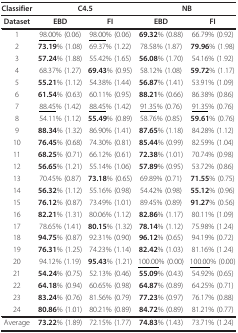
<table><thead><tr><td><b>Classifier</b></td><td colspan="2"><b>C4.5</b></td><td colspan="2"><b>NB</b></td></tr></thead><tbody><tr><td><b>Dataset</b></td><td><b>EBD</b></td><td><b>FI</b></td><td><b>EBD</b></td><td><b>FI</b></td></tr><tr><td>1</td><td><underline>98.00</underline>% (0.06)</td><td><underline>98.00</underline>% (0.06)</td><td><b>69.32</b>% (0.88)</td><td>66.79% (0.92)</td></tr><tr><td>2</td><td><b>73.19</b>% (1.08)</td><td>69.37% (1.22)</td><td>78.58% (1.87)</td><td><b>79.96</b>% (1.98)</td></tr><tr><td>3</td><td><b>57.24</b>% (1.88)</td><td>55.42% (1.65)</td><td><b>56.08</b>% (1.70)</td><td>54.16% (1.92)</td></tr><tr><td>4</td><td>68.37% (1.27)</td><td><b>69.43</b>% (0.95)</td><td>58.12% (1.08)</td><td><b>59.72</b>% (1.17)</td></tr><tr><td>5</td><td><b>55.21</b>% (1.12)</td><td>54.38% (1.44)</td><td><b>56.87</b>% (1.41)</td><td>53.91% (1.09)</td></tr><tr><td>6</td><td><b>61.54</b>% (0.63)</td><td>60.11% (0.95)</td><td><b>88.21</b>% (0.66)</td><td>86.38% (0.86)</td></tr><tr><td>7</td><td><underline>88.45</underline>% (1.42)</td><td><underline>88.45</underline>% (1.42)</td><td><underline>91.35</underline>% (0.76)</td><td><underline>91.35</underline>% (0.76)</td></tr><tr><td>8</td><td>54.11% (1.12)</td><td><b>55.49</b>% (0.89)</td><td>58.76% (0.85)</td><td><b>59.61</b>% (0.76)</td></tr><tr><td>9</td><td><b>88.34</b>% (1.32)</td><td>86.90% (1.41)</td><td><b>87.65</b>% (1.18)</td><td>84.28% (1.12)</td></tr><tr><td>10</td><td><b>76.45</b>% (0.68)</td><td>74.30% (0.81)</td><td><b>85.44</b>% (0.99)</td><td>82.59% (1.04)</td></tr><tr><td>11</td><td><b>68.25</b>% (0.71)</td><td>66.12% (0.61)</td><td><b>72.38</b>% (1.01)</td><td>70.74% (0.98)</td></tr><tr><td>12</td><td><b>56.65</b>% (1.21)</td><td>55.14% (1.06)</td><td><b>57.89</b>% (0.95)</td><td>53.72% (0.86)</td></tr><tr><td>13</td><td>70.45% (0.87)</td><td><b>73.18</b>% (0.65)</td><td>69.89% (0.71)</td><td><b>71.55</b>% (0.75)</td></tr><tr><td>14</td><td><b>56.32</b>% (1.12)</td><td>55.16% (0.98)</td><td>54.42% (0.98)</td><td><b>55.12</b>% (0.96)</td></tr><tr><td>15</td><td><b>76.12</b>% (0.87)</td><td>73.49% (1.01)</td><td>89.45% (0.89)</td><td><b>91.27</b>% (0.56)</td></tr><tr><td>16</td><td><b>82.21</b>% (1.31)</td><td>80.06% (1.12)</td><td><b>82.86</b>% (1.17)</td><td>80.11% (1.09)</td></tr><tr><td>17</td><td>78.65% (1.41)</td><td><b>80.15</b>% (1.32)</td><td><b>78.14</b>% (1.12)</td><td>75.98% (1.24)</td></tr><tr><td>18</td><td><b>94.75</b>% (0.87)</td><td>92.31% (0.90)</td><td><b>96.12</b>% (0.65)</td><td>94.19% (0.72)</td></tr><tr><td>19</td><td><b>76.31</b>% (1.25)</td><td>74.23% (1.14)</td><td><b>82.42</b>% (1.03)</td><td>81.16% (1.24)</td></tr><tr><td>20</td><td>94.12% (1.19)</td><td><b>95.43</b>% (1.21)</td><td><underline>100.00</underline>% (0.00)</td><td><underline>100.00</underline>% (0.00)</td></tr><tr><td>21</td><td><b>54.24</b>% (0.75)</td><td>52.13% (0.46)</td><td><b>55.09</b>% (0.43)</td><td>54.92% (0.65)</td></tr><tr><td>22</td><td><b>64.18</b>% (0.94)</td><td>60.65% (0.98)</td><td><b>64.87</b>% (0.89)</td><td>64.25% (0.71)</td></tr><tr><td>23</td><td><b>83.24</b>% (0.76)</td><td>81.56% (0.79)</td><td><b>77.23</b>% (0.97)</td><td>76.17% (0.88)</td></tr><tr><td>24</td><td><b>80.86</b>% (1.01)</td><td>80.21% (0.89)</td><td><b>84.72</b>% (0.89)</td><td>81.21% (0.77)</td></tr><tr><td>Average</td><td><b>73.22</b>% (1.89)</td><td>72.15% (1.77)</td><td><b>74.83</b>% (1.43)</td><td>73.71% (1.24)</td></tr></tbody></table>